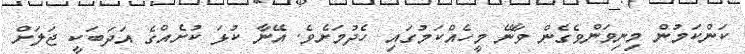
ކަންކަމުން މިނިވަންވެގެން ވާނޭ މީހެއްކަމުގައި ހެދުމަށެވެ. އޭނާ ކުޅަ ކުށެއްގެ އަދަބަކީ ޖަލަށް